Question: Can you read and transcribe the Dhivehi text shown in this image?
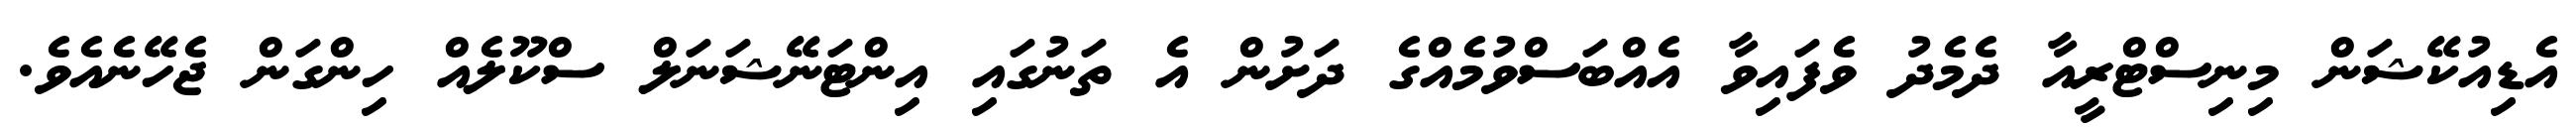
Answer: އެޑިއުކޭޝަން މިނިސްޓްރީއާ ދެމެދު ވެފައިވާ އެއްބަސްވުމެއްގެ ދަށުން އެ ތަނުގައި އިންޓަނޭޝަނަލް ސްކޫލެއް ހިންގަން ޖެހޭނެއެވެ.